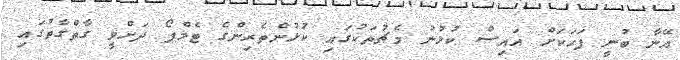
އޭނާ ބުނީ ފަހަކަށް އައިސް ކުޅުނު މެޗުތަކުގައި ކުޅުންތެރިންގެ ޓެމްޕޯ ދަށްވީ ގާތްގާތުގައި